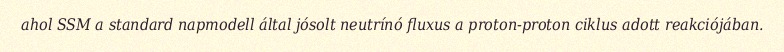
ahol SSM a standard napmodell által jósolt neutrínó fluxus a proton-proton ciklus adott reakciójában.